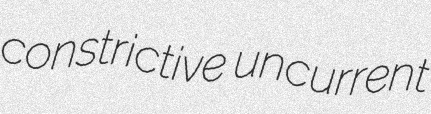
constrictive uncurrent